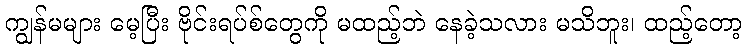
ကျွန်မများ မေ့ပြီး ဗိုင်းရပ်စ်တွေကို မထည့်ဘဲ နေခဲ့သလား မသိဘူး၊ ထည့်တော့